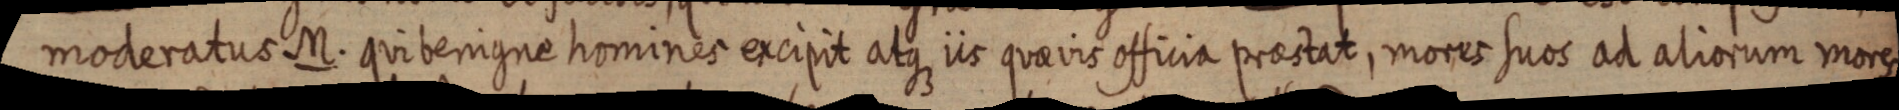
moderatus M. qui benigne homines excipit atque iis quae vis officia praestat, mores suos ad aliorum mores